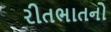
રીતભાતનો